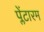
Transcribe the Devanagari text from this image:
प्लेंटारम